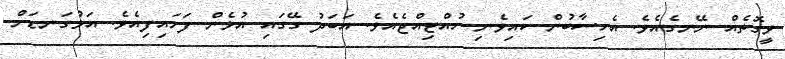
ވީގޮތެއް ނޭނގެއެވެ. އެހިސާބުން ކައިވެނި ހުއްޓިއްޖެއެވެ. އަބަދު ގޭގައި އުޅެން ފަށައިފިއެވެ. އަޅުގަނޑަށް